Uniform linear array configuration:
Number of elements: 4
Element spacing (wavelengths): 0.25
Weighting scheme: hann
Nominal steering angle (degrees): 0
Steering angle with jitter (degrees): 1.364
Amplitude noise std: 0.05
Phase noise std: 0.05

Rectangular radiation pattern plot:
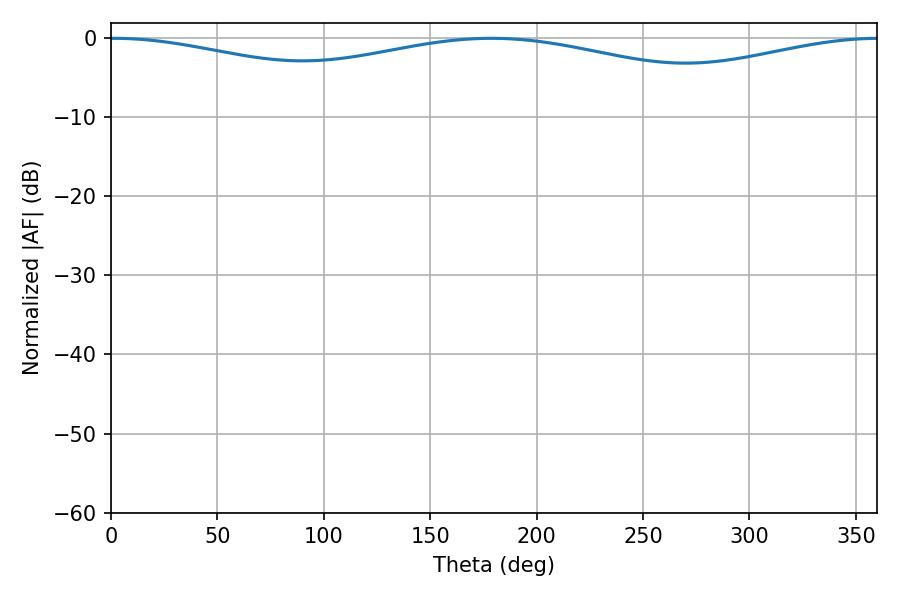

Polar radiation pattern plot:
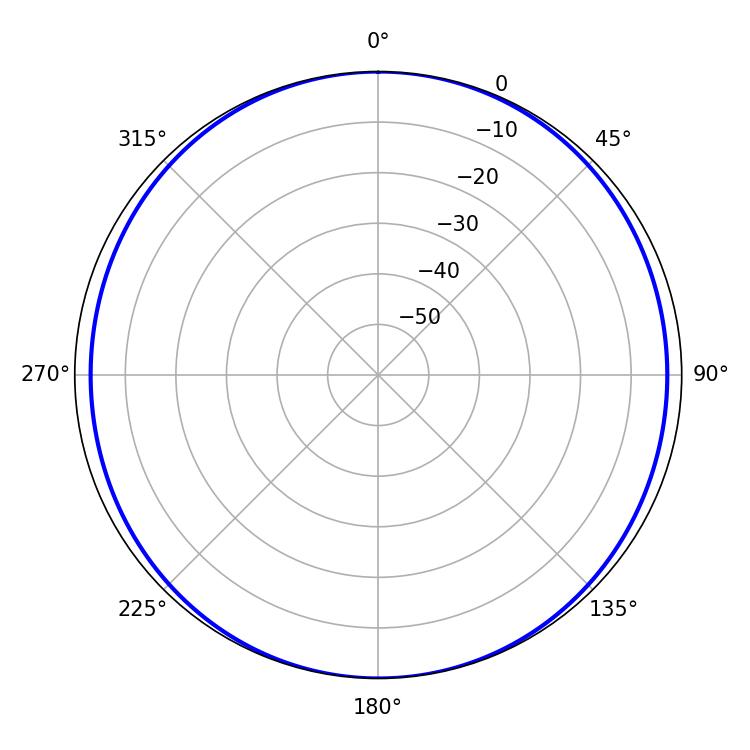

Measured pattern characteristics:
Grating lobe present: FALSE
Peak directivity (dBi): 15.29
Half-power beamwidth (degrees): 258.84
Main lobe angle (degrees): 1.26